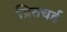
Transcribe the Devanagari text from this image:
प्रितचर्ड